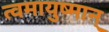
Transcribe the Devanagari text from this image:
त्वमायुष्मान्